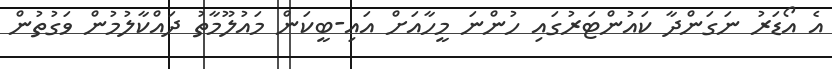
އެ އޯޑަރު ނަގަންދާ ކައުންޓަރުގައި ހުންނަ މީހާއަށް އައި-ބީކަން މައުލޫމާތު ދައްކާލުމުން ވަގުތުން